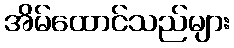
အိမ်ထောင်သည်များ